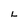
Character: L